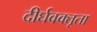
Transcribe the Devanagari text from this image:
दीर्घवक्तृता